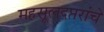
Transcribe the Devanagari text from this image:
महसूलदप्तरांचे